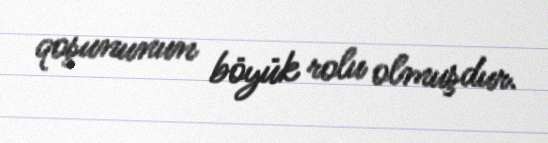
qoşununun böyük rolu olmuşdur.